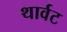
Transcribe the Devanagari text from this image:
थार्वट